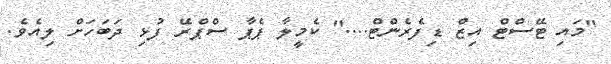
"މައި ޓޭސްޓް އިޒް ޑިފެރެންޓް...." ކެމީލާ ޕެޕާ ސްޕްރޭ ފުޅި ދަބަހަށް ލިއެވެ.